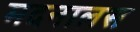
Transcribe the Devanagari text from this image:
मदनालस